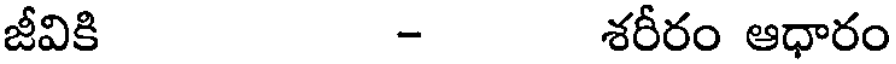
జీవికి - శరీరం ఆధారం